Annual administration report of the Civil Veterinary Department of India - 1896-1897
Year: 1896
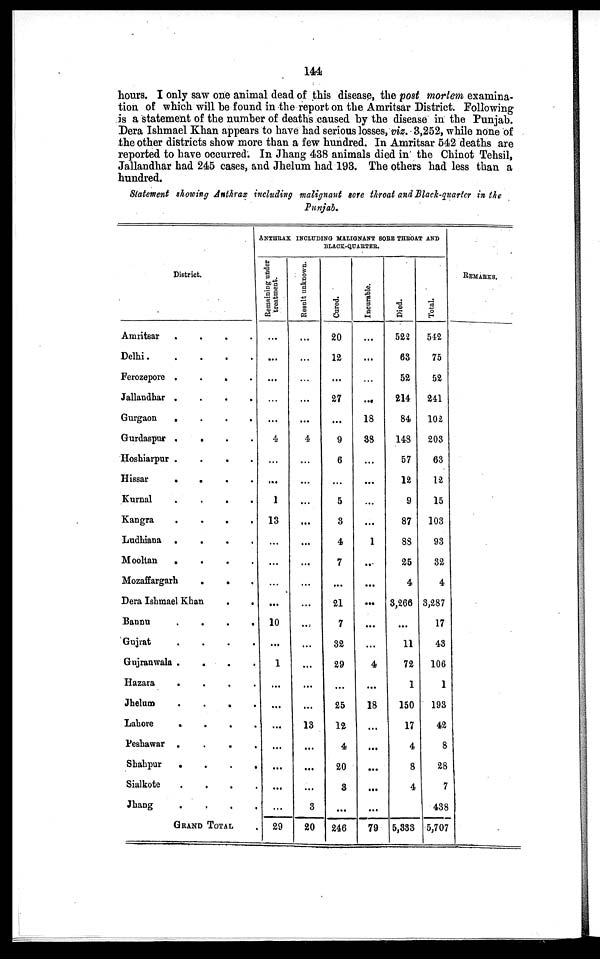
144
hours. I only saw one animal dead of this disease, the post mortem examina-
tion of which will be found in the report on the Amritsar District. Following
is a statement of the number of deaths caused by the disease in the Punjab.
Dera Ishmael Khan appears to have had serious losses, viz. 3,252, while none of
the other districts show more than a few hundred. In Amritsar 542 deaths are
reported to have occurred. In Jhang 438 animals died in the Chinot Tehsil,
Jallandhar had 245 cases, and Jhelum had 193. The others had less than a
hundred.
Statement showing Anthrax including malignant sore throat and Black-quarter in the
Punjab.
District.
Amritsar
.
.
.
.
Delhi
Ferozepore .
.
.
.
Jallandhar .
.
.
.
Gurgaon
.
.
.
.
Gurdaspur . . . .
Hoshiarpur .
.
.
.
Hissar
.
.
.
.
Kurnal
.
.
.
.
Kangra
.
.
.
.
Ludhiana .
.
.
.
Mooltan
.
.
.
.
Mozaffargarh
. . .
Dera Ishmael Khan
.
.
Bannu
.
.
.
.
Gujrat
.
.
.
.
Gujranwala .
.
.
.
Hazara
. . . .
Jhelum
. . . .
Lahore
.
.
. .
Peshawar
.
.
. .
Shahpur
.
.
.
.
Sialkote
. . . .
Jhang
. . . .
GRAND TOTAL
ANTHRAX INCLUDING HAMGNANT SORE THROAT AND
BLACK-QUARTER.
Remaining under
treatment.
...
...
...
...
...
4
...
...
1
13
...
...
...
...
10
...
1
...
...
...
...
...
...
...
29
Result unknown.
...
...
...
...
...
4
...
...
...
...
...
...
...
...
...
...
...
...
...
13
...
...
...
3
20
Cured.
20
12
...
27
...
9
6
...
5
3
4
7
...
21
7
32
29
...
25
12
4
20
3
...
246
Incurable.
...
...
...
...
18
38
...
...
...
...
1
...
...
...
...
...
4
...
18
...
...
...
...
...
79
Died.
522
63
52
214
84
148
57
12
9
87
88
25
4
3,266
...
11
72
1
150
17
4
8
4
5,333
Total.
542
75
52
241
102
203
63
12
15
103
93
32
4
3,287
17
43
106
1
193
42
8
28
7
438
5,707
REMARKS.